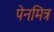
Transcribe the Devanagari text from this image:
पेनमित्र